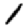
Digit: 1